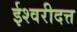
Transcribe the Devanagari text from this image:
ईश्वरीदत्त